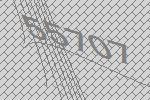
55707